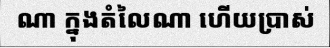
ណា ក្នុងតំលៃណា ហើយប្រាស់